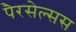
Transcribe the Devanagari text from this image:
पैरसेल्सस